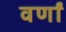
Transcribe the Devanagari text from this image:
वर्णां